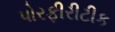
પોરફીરીટીક